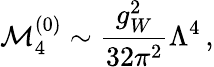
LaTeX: \mathcal{M}_{4}^{(0)}\sim\frac{g_{W}^{2}}{32\pi^{2}}\Lambda^{4}\, ,